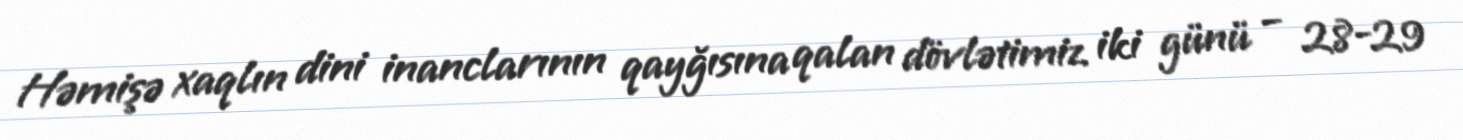
Həmişə xaqlın dini inanclarının qayğısına qalan dövlətimiz iki günü – 28-29